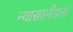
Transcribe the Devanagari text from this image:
न्यासालँडला